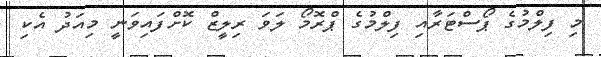
މި ފިލްމުގެ ޕޯސްޓަރާއި ފިލްމުގެ ޕްރޮމޯ ލަވަ ރިލީޒް ކޮށްފައިވަނީ މިއަދު އެކި